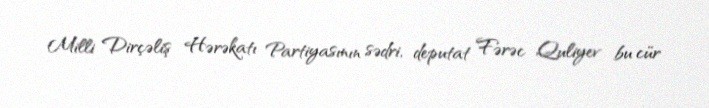
Milli Dirçəliş Hərəkatı Partiyasının sədri, deputat Fərəc Quliyev bu cür